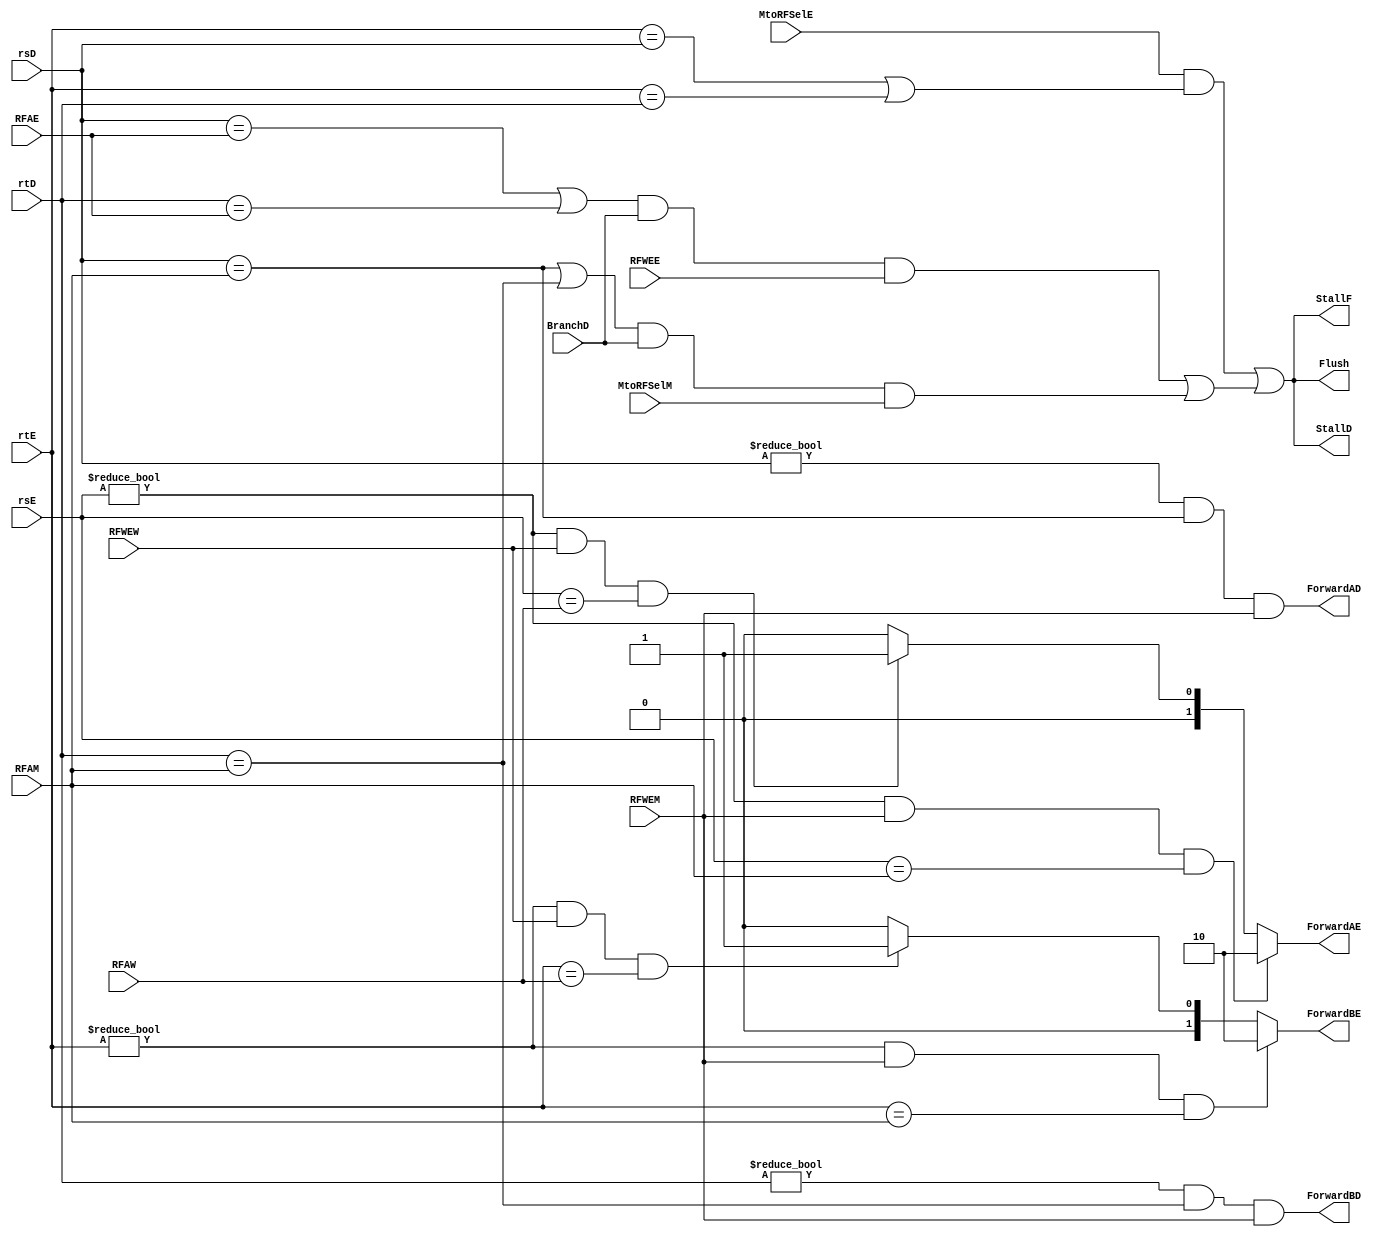
`timescale 1ns / 1ps

module HazardUnit(BranchD, MtoRFSelE, MtoRFSelM, RFWEE, RFWEM, RFWEW, rsD, rtD, rsE, rtE, RFAE, RFAM, RFAW, StallF, StallD, ForwardAD, ForwardBD, Flush, ForwardAE, ForwardBE);

input BranchD, MtoRFSelE, MtoRFSelM, RFWEE, RFWEM, RFWEW;
input [4:0] rsD, rtD, rsE, rtE, RFAE, RFAM, RFAW;
output reg StallF, StallD, ForwardAD, ForwardBD, Flush;
output reg [1:0] ForwardAE, ForwardBE;

reg LWStall, BRStall;

always @* begin

    ForwardAD = (rsD!=0) && (rsD == RFAM) && RFWEM;
    ForwardBD = (rtD!=0) && (rtD == RFAM) && RFWEM;
    
    if((rsE!=0) && RFWEM && (rsE==RFAM)) ForwardAE = 2'b10;
    else if((rsE!=0) && RFWEW && (rsE==RFAW)) ForwardAE = 2'b01;
    else ForwardAE = 2'b00;
    
    if((rtE!=0) && RFWEM && (rtE==RFAM)) ForwardBE = 2'b10;
    else if((rtE!=0) && RFWEW && (rtE==RFAW)) ForwardBE = 2'b01;
    else ForwardBE = 2'b00;
    
    LWStall = MtoRFSelE && ((rtE==rsD)||(rtE==rtD));
    BRStall = ((rsD==RFAE || rtD==RFAE) && BranchD && RFWEE) || ((rsD==RFAM || rtD==RFAM) && BranchD && MtoRFSelM);
    
    StallF = LWStall || BRStall;
    StallD = StallF;
    Flush = StallD;
    
end

endmodule